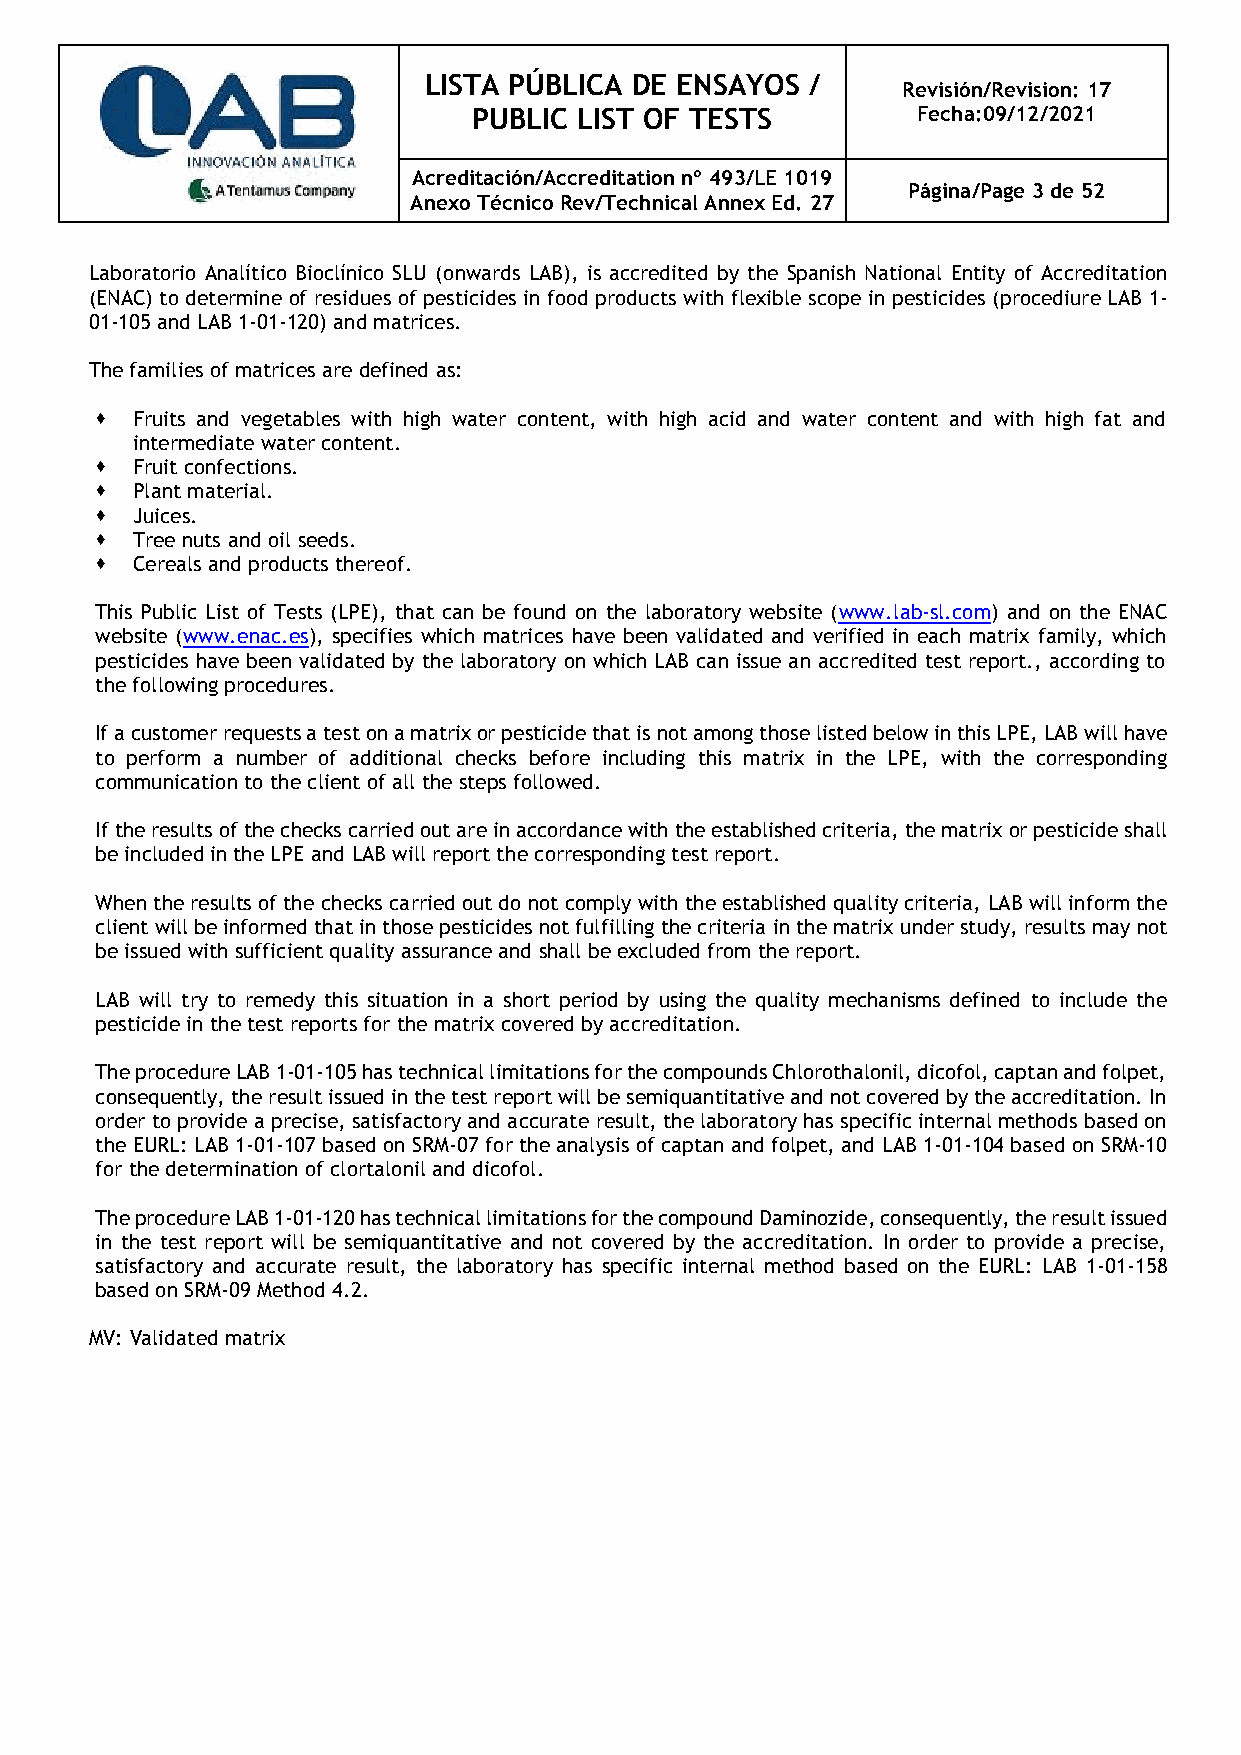
LISTA PÚBLICA DE ENSAYOS  /
 Revisión/Revision: 17
 PUBLIC LIST OF TESTS          Fecha:09/12/2021
 Acreditación/Accreditation nº 493/LE 1019
 Página/Page 3 de 52
 Anexo Técnico Rev/Technical Annex Ed. 27
 Laboratorio Analítico Bioclínico SLU (onwards LAB), is accredited by the Spanish National Entity of Accreditation
 (ENAC) to determine of residues of pesticides in food products with flexible scope in pesticides (procediure LAB 1-
 01-105 and LAB 1-01-120) and matrices.
 The families of matrices are defined as:
   Fruits and vegetables with high water content, with high acid and water content and with high fat and
 intermediate water content.
   Fruit confections.
   Plant material.
   Juices.
   Tree nuts and oil seeds.
   Cereals and products thereof.
 This Public List of Tests (LPE), that can be found on the laboratory website (www.lab-sl.com) and on the ENAC
 website (www.enac.es), specifies which matrices have been validated and verified in each matrix family, which
 pesticides have been validated by the laboratory on which LAB can issue an accredited test report., according to
 the following procedures.
 If a customer requests a test on a matrix or pesticide that is not among those listed below in this LPE, LAB will have
 to perform a number of additional checks before including this matrix in the LPE, with the corresponding
 communication to the client of all the steps followed.
 If the results of the checks carried out are in accordance with the established criteria, the matrix or pesticide shall
 be included in the LPE and LAB will report the corresponding test report.
 When the results of the checks carried out do not comply with the established quality criteria, LAB will inform the
 client will be informed that in those pesticides not fulfilling the criteria in the matrix under study, results may not
 be issued with sufficient quality assurance and shall be excluded from the report.
 LAB will try to remedy this situation in a short period by using the quality mechanisms defined to include the
 pesticide in the test reports for the matrix covered by accreditation.
 The procedure LAB 1-01-105 has technical limitations for the compounds Chlorothalonil, dicofol, captan and folpet,
 consequently, the result issued in the test report will be semiquantitative and not covered by the accreditation. In
 order to provide a precise, satisfactory and accurate result, the laboratory has specific internal methods based on
 the EURL: LAB 1-01-107 based on SRM-07 for the analysis of captan and folpet, and LAB 1-01-104 based on SRM-10
 for the determination of clortalonil and dicofol.
 The procedure LAB 1-01-120 has technical limitations for the compound Daminozide, consequently, the result issued
 in the test report will be semiquantitative and not covered by the accreditation. In order to provide a precise,
 satisfactory and accurate result, the laboratory has specific internal method based on the EURL: LAB 1-01-158
 based on SRM-09 Method 4.2.
 MV: Validated matrix